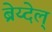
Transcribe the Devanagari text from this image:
ब्रेय्देल्